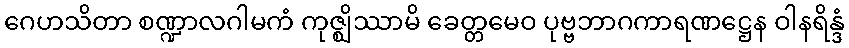
ဂေဟသိတာ စဏ္ဍာလဂါမကံ ကုဇ္ဈိဿာမိ ခေတ္တမေဝ ပုဗ္ဗဘာဂကာရဏဋ္ဌေန ဝါနရိန္ဒံ